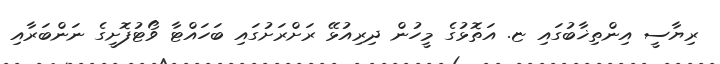
ރިޔާސީ އިންތިޚާބުގައި ޏ. އަތޮޅުގެ މީހުން ދިރިއުޅޭ ރަށްރަށުގައި ބަހައްޓާ ވޯޓުފޮށީގެ ނަންބަރާއި